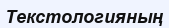
Текстологияның